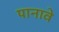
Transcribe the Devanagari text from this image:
पानावे